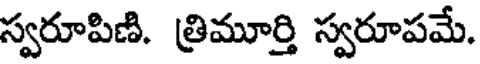
స్వరూపిణి. త్రిమూర్తి స్వరూపమే.